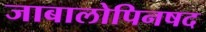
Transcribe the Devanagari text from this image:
जाबालोपिनषद